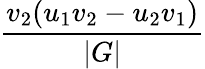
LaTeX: \frac{v_{2}(u_{1}v_{2}-u_{2}v_{1})}{|G|}